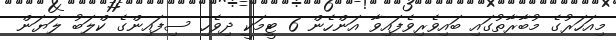
މިއަހަރުގެ މުބާރާތުގައި ބައިވެރިވެފައިވާ އަންހެން 6 ޓީމަކީ ދިވެހި ސިފައިންގެ ކްލަބު ލަޔަން